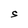
Character: S